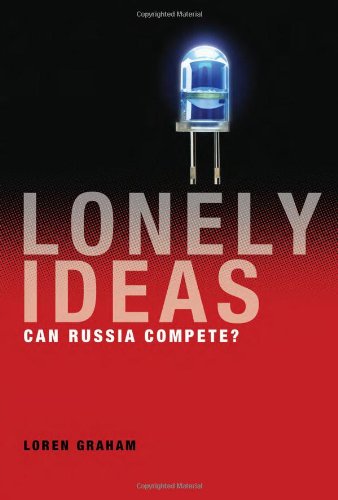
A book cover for Lonely Ideas: Can Russia Compete?; Loren Graham; Business & Money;